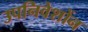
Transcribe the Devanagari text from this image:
उपनिवेशोंन